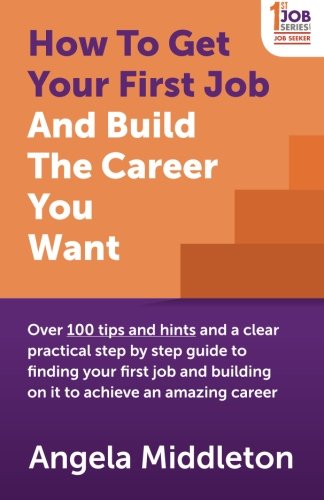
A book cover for How To Get Your First Job And Build The Career You Want: Over 100 tips and hints and a clear practical step by step guide to finding your first job and building on it to achieve an amazing career; Angela Middleton; Business & Money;